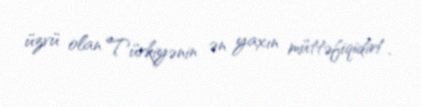
üzvü olan Türkiyənin ən yaxın müttəfiqidir!.